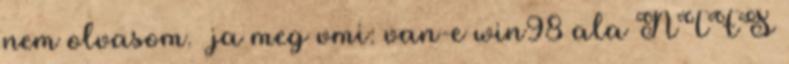
nem olvasom. ja meg vmi: van-e win98 ala NTFS